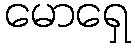
မောရှေ